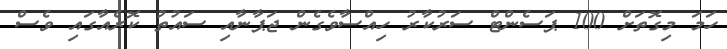
ހަމަ މިގޮތަށް 100 ޕަސެންޓް ސަރުކާރު ހިއްސާވެގެން ޖަޕާނާއި ސައުތު ކޮރެއާގައި ވެސް